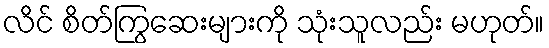
လိင် စိတ်ကြွဆေးများကို သုံးသူလည်း မဟုတ်။